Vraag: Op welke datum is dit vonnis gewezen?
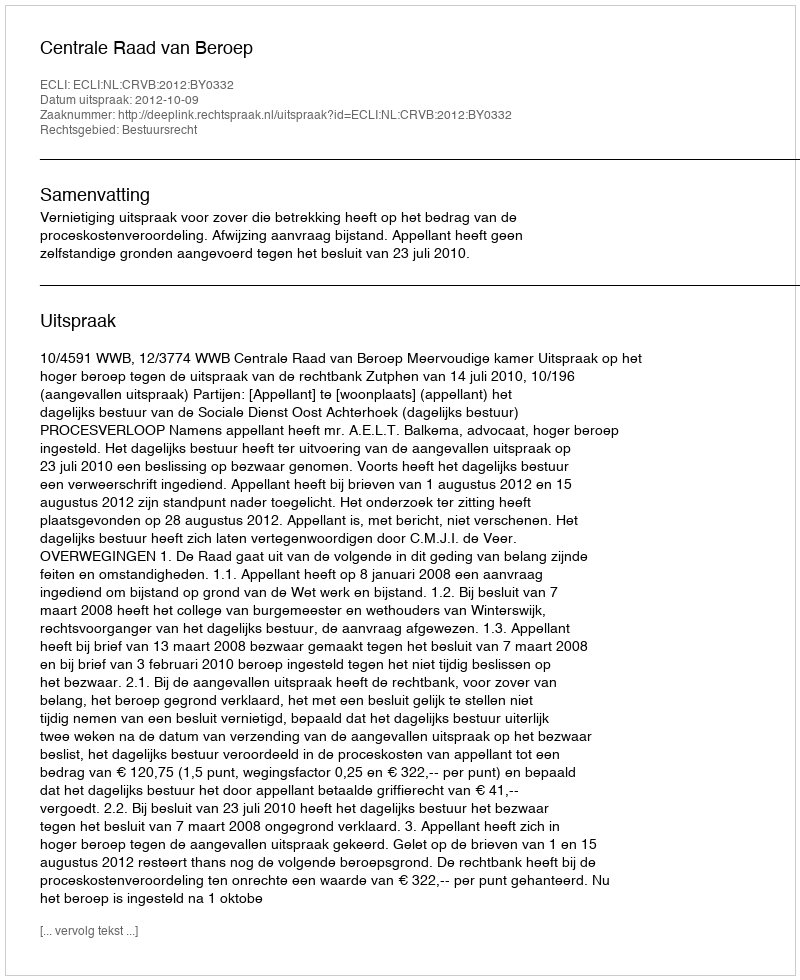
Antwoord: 2012-10-09